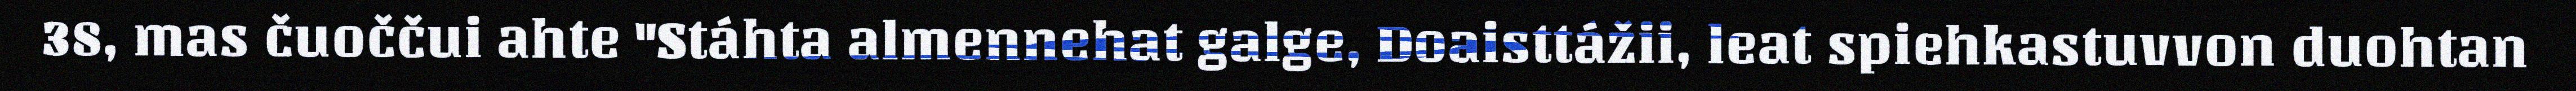
38, mas čuoččui ahte "Stáhta almennehat galge, Doaisttážii, leat spiehkastuvvon duohtan